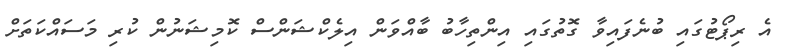
އެ ރިޕޯޓުގައި ބުނެފައިވާ ގޮތުގައި އިންތިހާބު ބާއްވަން އިލެކްޝަންސް ކޮމިޝަނުން ކުރި މަސައްކަތަށް